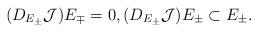
LaTeX: \begin{align*} (D_{E_\pm}\mathcal{J})E_\mp =0, (D_{E_\pm}\mathcal{J})E_\pm \subset E_\pm .\end{align*}